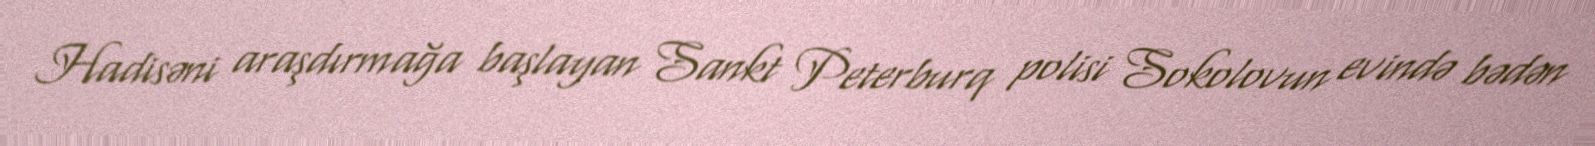
Hadisəni araşdırmağa başlayan Sankt Peterburq polisi Sokolovun evində bədən